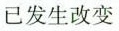
已发生改变